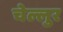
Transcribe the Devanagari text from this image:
चेल्लुर